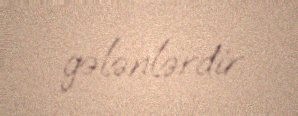
gələnlərdir.